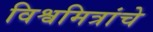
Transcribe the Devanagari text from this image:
विश्वमित्रांचे